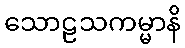
သောဠသကမ္မာနိ